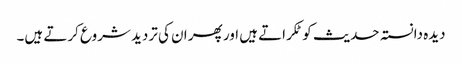
دیدہ دانستہ حدیث کو ٹکراتے ہیں اور پھر ان کی تردید شروع کرتے ہیں۔